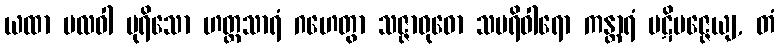
ယထာ ဗလဝါ ပုရိသော ဟတ္ထသာရံ ဂဟေတွာ သဇ္ဇာဝုဓော သပရိဝါရော ကန္တာရံ ပဋိပဇ္ဇေယျ, တံ